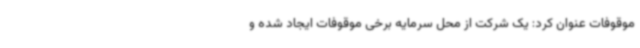
موقوفات عنوان کرد: یک شرکت از محل سرمایه برخی موقوفات ایجاد شده و